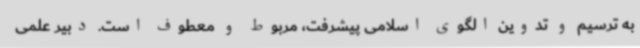
به ترسیم و تدوین الگوی اسلامی پیشرفت، مربوط و معطوف است. دبیر علمی